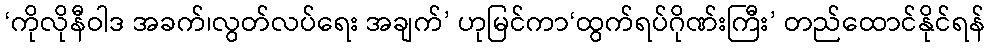
‘ကိုလိုနီဝါဒ အခက်၊လွတ်လပ်ရေး အချက်’ ဟုမြင်ကာ‘ထွက်ရပ်ဂိုဏ်းကြီး’ တည်ထောင်နိုင်ရန်